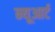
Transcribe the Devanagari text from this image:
न्यूआर्ट